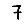
Digit: 7